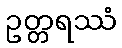
ဥတ္တရဿံ